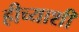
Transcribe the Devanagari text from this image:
हीच्याशी